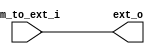
`timescale 10 ns / 10 ns
module extensor
#(
	parameter MSB_ROM = 11,
	parameter LSB = 0
)
(
	im_to_ext_i, //Sada da memria de instruo e entrada da extensora
					 // instruction memory to extensor

	ext_o//Sada do PC
);
input wire [(MSB_ROM-1):LSB] im_to_ext_i;

output reg [(MSB_ROM-1):LSB] ext_o;

always @(im_to_ext_i)
begin
	ext_o = im_to_ext_i;
end
endmodule